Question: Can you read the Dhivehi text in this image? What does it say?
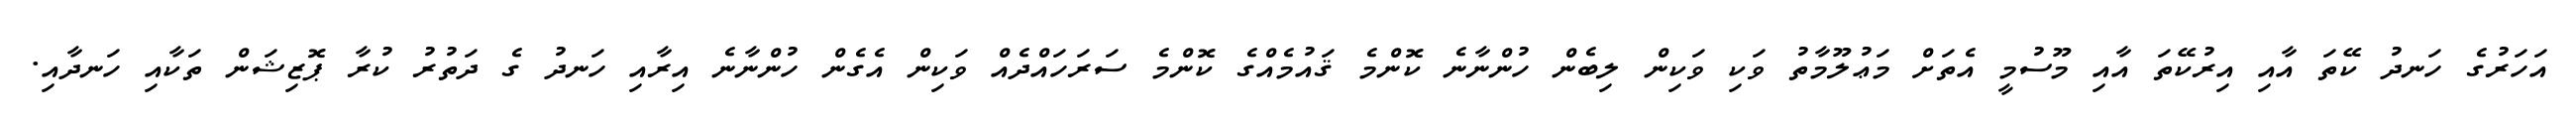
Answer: އަހަރުގެ ހަނދު ކޭތަ އާއި އިރުކޭތަ އާއި މޫސުމީ އެތަށް މަޢުލޫމާތު ވަކި ވަކިން ލިބެން ހުންނާނެ ކޮންމެ ޤައުމެއްގެ ކޮންމެ ސަރަހައްދެއް ވަކިން އެގެން ހުންނާނެ އިރާއި ހަނދު ގެ ދަތުރު ކުރާ ޕޮޒިޝަން ތަކާއި ހަނދާއި.